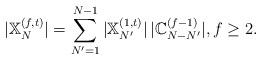
LaTeX: \begin{align*}|\mathbb{X}_N^{(f,t)}|=\sum_{N'=1}^{N-1}|\mathbb{X}_{N'}^{(1,t)}|\,|\mathbb{C}_{N-N'}^{(f-1)}|,f\ge 2.\end{align*}